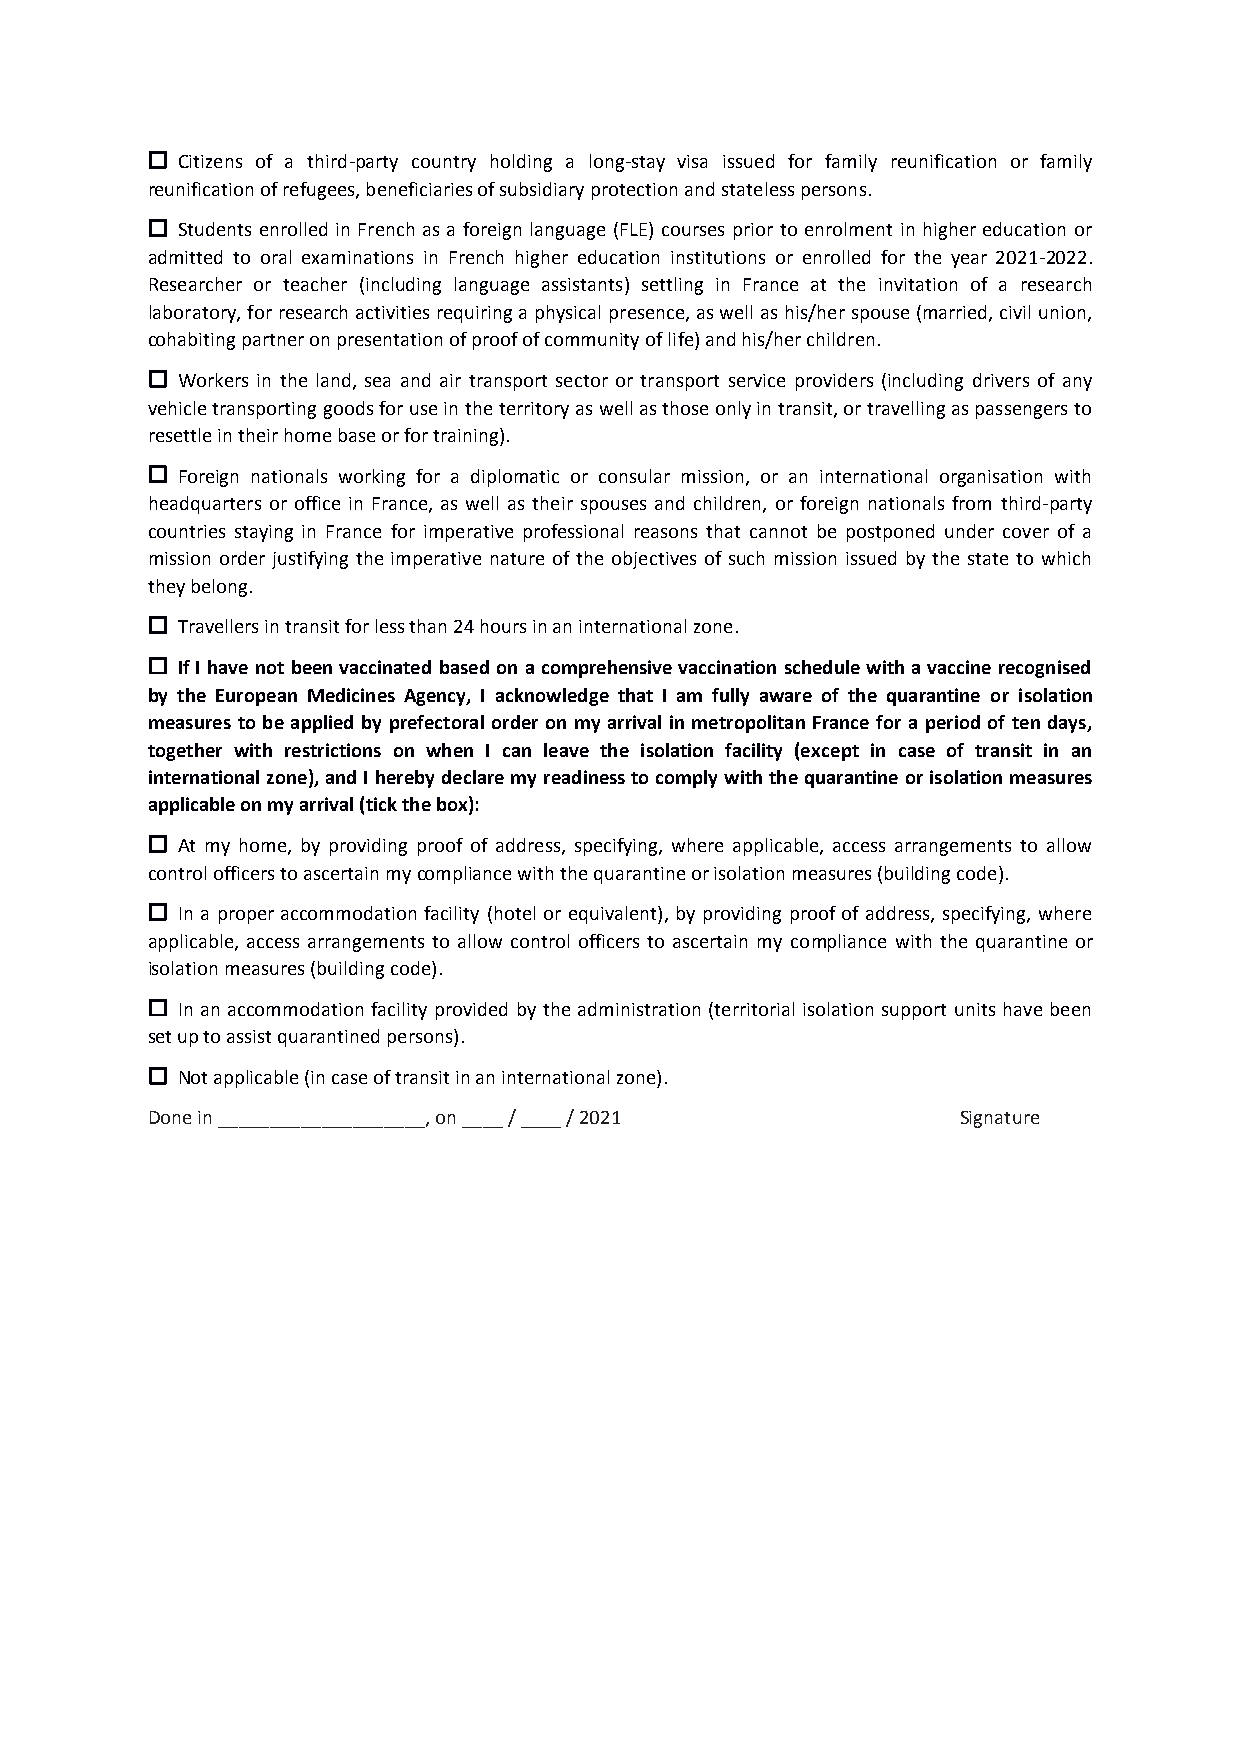
 Citizens of a third-party country holding a long-stay visa issued for family reunification or family
 reunification of refugees, beneficiaries of subsidiary protection and stateless persons.
  Students enrolled in French as a foreign language (FLE) courses prior to enrolment in higher education or
 admitted to oral examinations in French higher education institutions or enrolled for the year 2021-2022.
 Researcher or teacher (including language assistants) settling in France at the invitation of a research
 laboratory, for research activities requiring a physical presence, as well as his/her spouse (married, civil union,
 cohabiting partner on presentation of proof of community of life) and his/her children.
  Workers in the land, sea and air transport sector or transport service providers (including drivers of any
 vehicle transporting goods for use in the territory as well as those only in transit, or travelling as passengers to
 resettle in their home base or for training).
  Foreign nationals working for a diplomatic or consular mission, or an international organisation with
 headquarters or office in France, as well as their spouses and children, or foreign nationals from third-party
 countries staying in France for imperative professional reasons that cannot be postponed under cover of a
 mission order justifying the imperative nature of the objectives of such mission issued by the state to which
 they belong.
  Travellers in transit for less than 24 hours in an international zone.
  If I have not been vaccinated based on a comprehensive vaccination schedule with a vaccine recognised
 by the European Medicines Agency, I acknowledge that I am fully aware of the quarantine or isolation
 measures to be applied by prefectoral order on my arrival in metropolitan France for a period of ten days,
 together with restrictions on when I can leave the isolation facility (except in case of transit in an
 international zone), and I hereby declare my readiness to comply with the quarantine or isolation measures
 applicable on my arrival (tick the box):
  At my home, by providing proof of address, specifying, where applicable, access arrangements to allow
 control officers to ascertain my compliance with the quarantine or isolation measures (building code).
  In a proper accommodation facility (hotel or equivalent), by providing proof of address, specifying, where
 applicable, access arrangements to allow control officers to ascertain my compliance with the quarantine or
 isolation measures (building code).
  In an accommodation facility provided by the administration (territorial isolation support units have been
 set up to assist quarantined persons).
  Not applicable (in case of transit in an international zone).
 Done in ____________________, on ____ / ____ / 2021  Signature